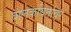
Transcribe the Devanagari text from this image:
बालकवितांवर